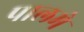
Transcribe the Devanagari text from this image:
पालमे